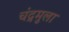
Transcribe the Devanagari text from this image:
चंद्रमुला